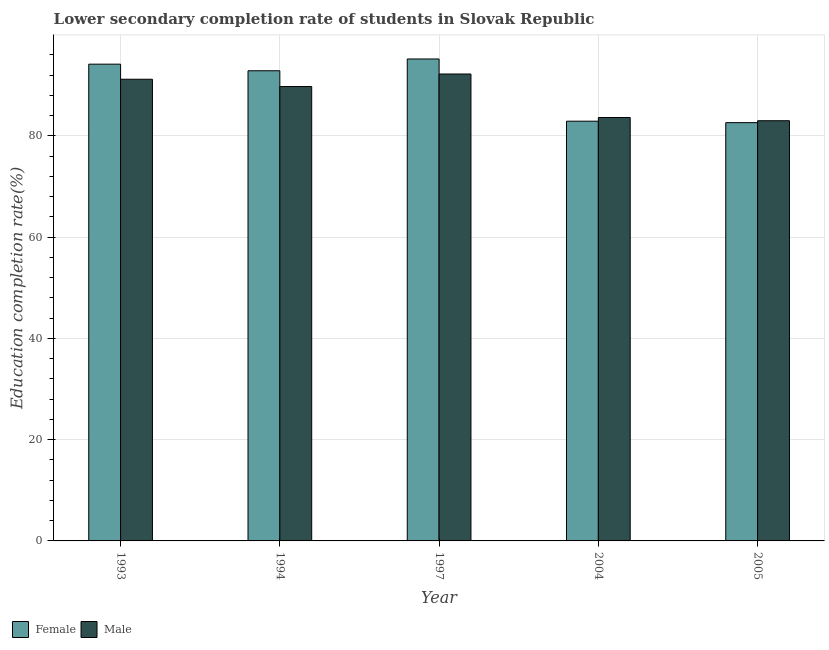
| Year | Female | Male |
 | --- | --- | --- |
 | 1993 | 94.2 | 91.2 |
 | 1994 | 92.9 | 89.8 |
 | 1997 | 95.2 | 92.2 |
 | 2004 | 82.9 | 83.6 |
 | 2005 | 82.6 | 83 |